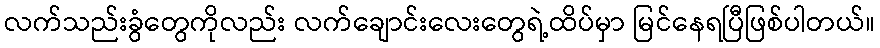
လက်သည်းခွံတွေကိုလည်း လက်ချောင်းလေးတွေရဲ့ထိပ်မှာ မြင်နေရပြီဖြစ်ပါတယ်။